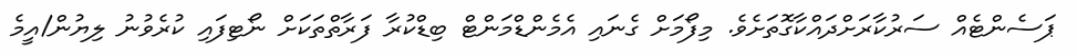
ޕަސެންޓެއް ސަރުކާރަށްދައްކާގޮތަށެވެ. މިފޯމަށް ގެނައި އެމެންޑްމަންޓް ބިޑްކުރާ ފަރާތްތަކަށް ނޯޓިފައި ކުރެވުނު ލިޔުން/އީމެ